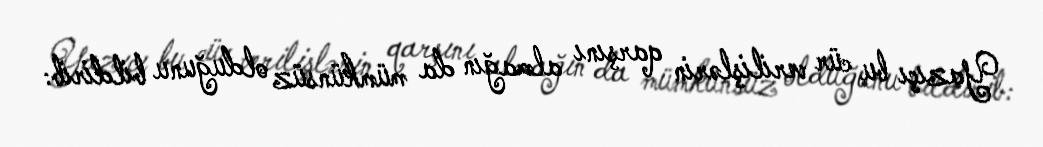
Yazıçı bu cür verilişlərin qarşını almağın da mümkünsüz olduğunu bildirib: